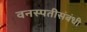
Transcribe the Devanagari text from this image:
वनस्पतीसंबंधी